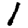
Digit: 1